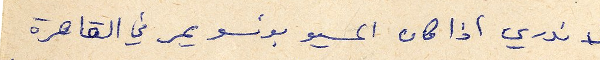
لا ندري اذا كان المسيو بونسو يمر في القاهرة